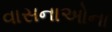
વાસનાઓના